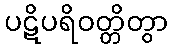
ပဋိပရိဝတ္တိတွာ